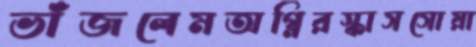
ভাঁজলেমঅগ্নিরস্কাসসোয়া